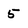
Character: 5